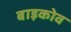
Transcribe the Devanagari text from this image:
बाइकोव